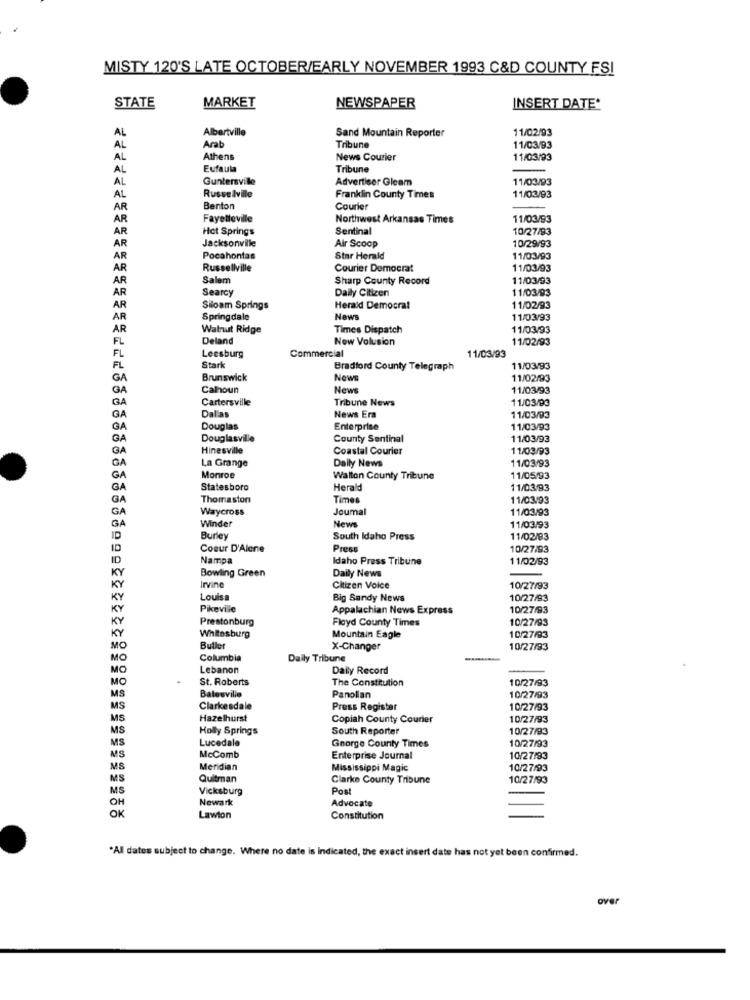
MISTY 120'S LATE OCTOBER/EARLY NOVEMBER 1993 C&D COUNTY FSI
STATE
MARKET
NEWSPAPER
INSERT DATE*
Albertville
Sand Mountain Reporter
11/02/93
AL
Arab
AL
Tribune
11/03/93
AL
Athens
News Courier
11/03/93
AL
Eufaula
Tribune
Guntersville
Advertiser Gleam
11/03/93
AL
AL
Russelville
Franklin County Times
11/03/93
AR
Benton
Courier
AR
Fayetteville
Northwest Arkansas Times
11/03/93
AR
Hot Springs
Sentinal
10/27/93
Jacksonville
10/29/93
AR
Air Scoop
AR
Pocahontas
Star Herald
11/03/93
AR
Russellville
Courier Democrat
11/03/93
AR
Salem
Sharp County Record
11/03/93
AR
Searcy
Daily Citizen
11/03/93
AR
Siloam Springs
Herald Democrat
11/02/93
AR
Springdale
News
11/03/93
AR
Walnut Ridge
Times Dispatch
11/03/93
FL
Deland
New Volusion
11/02/93
FL
Commercial
Leesburg
11/03/93
FL
Stark
Bradford County Telegraph
11/03/93
GA
Brunswick
News
11/02/93
GA
Calhoun
News
11/03/93
GA
Cartersville
Tribune News
11/03/03
11/03/93
GA
Dallas
News Era
GA
Douglas
Enterprise
11/03/93
GA
Douglasville
County Sentinal
11/03/93
GA
Hinesville
Coastal Courier
11/03/93
GA
Daily News
11/03/93
La Grange
GA
Monroe
Walton County Tribune
11/05/93
GA
Statesboro
Herald
11/03/83
GA
Thomaston
Times
11/03/93
GA
Waycross
Joumal
11/03/93
GA
News
Winder
11/03/93
ID
Burley
South Idaho Press
11/02/93
10
Coeur D'Alene
Press
10/27/93
ID
Nampa
Idaho Press Tribune
11/02/93
Daily News
KY
Bowling Green
KY
Irvine
Citizen Voice
10/27/93
KY
Louisa
Big Sandy News
10/27/93
KY
Pieviie
Appalachian News Express
10/27/93
KY
Prestonburg
Floyd County Times
10/27/93
KY
Whitesburg
Mountain Eagle
10/27/93
MO
Butler
X-Changer
10/27/93
MO
Columbia
Daily Tribune
MO
Lebanon
Daily Record
MO
St. Roberts
The Constitution
10/27/93
MS
Batesville
Panolian
10/27/93
MS
Clarkesdale
Press Register
10/27/93
MS
Hazelhurst
Copiah County Courier
10/27/93
MS
Holly Springs
South Reporter
10/27/93
Lucedale
10/27/93
MS
George County Times
MS
McComb
Enterprise Journal
10/27/93
MS
Meridian
Mississippi Magic
10/27/93
MS
Quitman
Clarke County Tribune
10/27/93
MS
Vicksburg
Post
Newark
Advocate
OH
OK
Lawton
Constitution
"All dates subject to change. Where no date is Indicated, the exact insert date has not yet been confirmed.
over